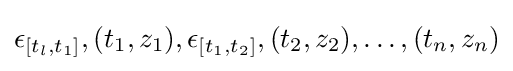
\epsilon _{[t_{l},t_{1}]},(t_{1},z_{1}),\epsilon _{[t_{1},t_{2}]},(t_{2},z_{2}),\ldots ,(t_{n},z_{n})